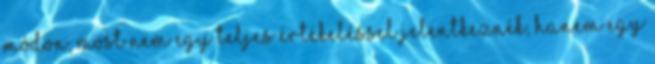
módon, most nem egy teljes értékeléssel jelentkeznék, hanem egy